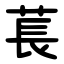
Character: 萇